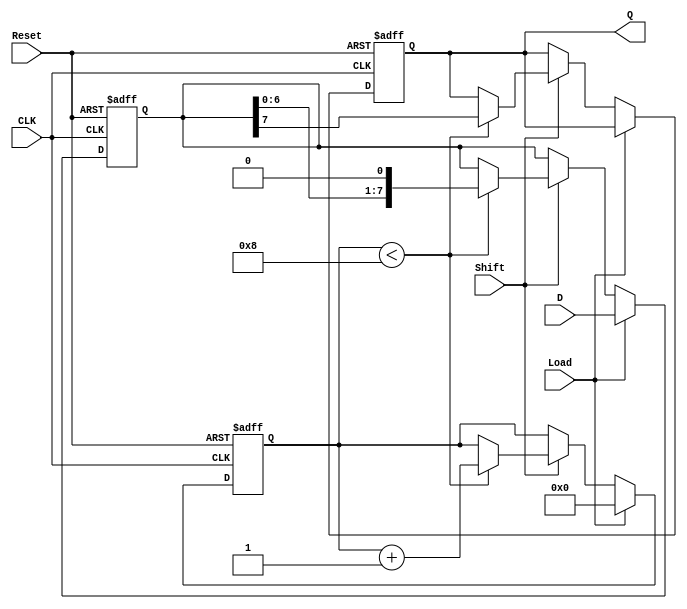
module PISO_Register #(
    parameter N = 8  // Width of the input data (n)
)(
    input wire [N-1:0] D,     // Parallel data input
    input wire Load,          // Load signal
    input wire Shift,         // Shift signal
    input wire CLK,           // Clock signal
    input wire Reset,         // Asynchronous reset
    output reg Q              // Serial output
);

    reg [N-1:0] shift_reg;    // Internal shift register
    reg [3:0] count;          // Counter to track bits shifted out (optional)
    
    always @(posedge CLK or posedge Reset) begin
        if (Reset) begin
            shift_reg <= {N{1'b0}}; // Reset shift register to 0
            Q <= 1'b0;              // Reset output to 0
            count <= 4'b0;          // Reset count
        end else begin
            if (Load) begin
                shift_reg <= D;      // Load data into shift register
                count <= 4'b0;       // Reset count when loading
            end else if (Shift) begin
                if (count < N) begin
                    Q <= shift_reg[N-1]; // Output MSB
                    shift_reg <= {shift_reg[N-2:0], 1'b0}; // Shift left
                    count <= count + 1;  // Increment count
                end
            end
        end
    end
endmodule